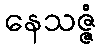
နေသဇ္ဇံ